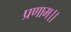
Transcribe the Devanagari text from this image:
प्रणाम।।